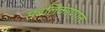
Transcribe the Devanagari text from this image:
सबलिकरणात